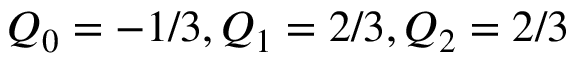
Q _ { 0 } = - 1 / 3 , Q _ { 1 } = 2 / 3 , Q _ { 2 } = 2 / 3